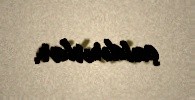
çatdırırlar.